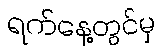
ရက်နေ့တွင်မှ